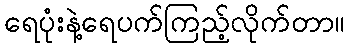
ရေပုံးနဲ့ရေပက်ကြည့်လိုက်တာ။